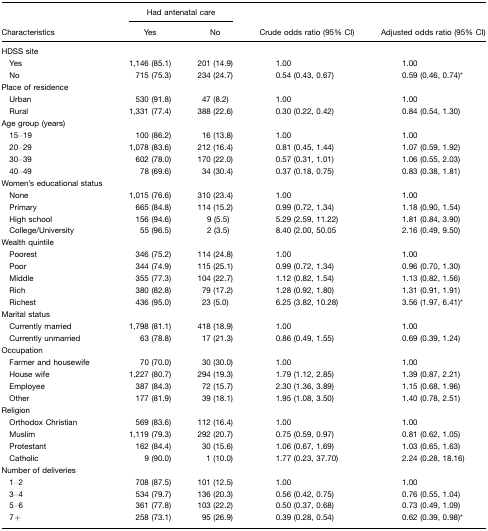
<table><thead><tr><td></td><td colspan="2"><b>Had antenatal care</b></td><td></td><td></td></tr><tr><td><b>Characteristics</b></td><td><b>Yes</b></td><td><b>No</b></td><td><b>Crude odds ratio (95% CI)</b></td><td><b>Adjusted odds ratio (95% CI)</b></td></tr></thead><tbody><tr><td>HDSS site</td><td></td><td></td><td></td><td></td></tr><tr><td> Yes</td><td>1,146 (85.1)</td><td>201 (14.9)</td><td>1.00</td><td>1.00</td></tr><tr><td> No</td><td>715 (75.3)</td><td>234 (24.7)</td><td>0.54 (0.43, 0.67)</td><td>0.59 (0.46, 0.74)*</td></tr><tr><td>Place of residence</td><td></td><td></td><td></td><td></td></tr><tr><td> Urban</td><td>530 (91.8)</td><td>47 (8.2)</td><td>1.00</td><td>1.00</td></tr><tr><td> Rural</td><td>1,331 (77.4)</td><td>388 (22.6)</td><td>0.30 (0.22, 0.42)</td><td>0.84 (0.54, 1.30)</td></tr><tr><td>Age group (years)</td><td></td><td></td><td></td><td></td></tr><tr><td> 15–19</td><td>100 (86.2)</td><td>16 (13.8)</td><td>1.00</td><td>1.00</td></tr><tr><td> 20–29</td><td>1,078 (83.6)</td><td>212 (16.4)</td><td>0.81 (0.45, 1.44)</td><td>1.07 (0.59, 1.92)</td></tr><tr><td> 30–39</td><td>602 (78.0)</td><td>170 (22.0)</td><td>0.57 (0.31, 1.01)</td><td>1.06 (0.55, 2.03)</td></tr><tr><td> 40–49</td><td>78 (69.6)</td><td>34 (30.4)</td><td>0.37 (0.18, 0.75)</td><td>0.83 (0.38, 1.81)</td></tr><tr><td>Women&#x27;s educational status</td><td></td><td></td><td></td><td></td></tr><tr><td> None</td><td>1,015 (76.6)</td><td>310 (23.4)</td><td>1.00</td><td>1.00</td></tr><tr><td> Primary</td><td>665 (84.8)</td><td>114 (15.2)</td><td>0.99 (0.72, 1.34)</td><td>1.18 (0.90, 1.54)</td></tr><tr><td> High school</td><td>156 (94.6)</td><td>9 (5.5)</td><td>5.29 (2.59, 11.22)</td><td>1.81 (0.84, 3.90)</td></tr><tr><td> College/University</td><td>55 (96.5)</td><td>2 (3.5)</td><td>8.40 (2.00, 50.05</td><td>2.16 (0.49, 9.50)</td></tr><tr><td>Wealth quintile</td><td></td><td></td><td></td><td></td></tr><tr><td> Poorest</td><td>346 (75.2)</td><td>114 (24.8)</td><td>1.00</td><td>1.00</td></tr><tr><td> Poor</td><td>344 (74.9)</td><td>115 (25.1)</td><td>0.99 (0.72, 1.34)</td><td>0.96 (0.70, 1.30)</td></tr><tr><td> Middle</td><td>355 (77.3)</td><td>104 (22.7)</td><td>1.12 (0.82, 1.54)</td><td>1.13 (0.82, 1.56)</td></tr><tr><td> Rich</td><td>380 (82.8)</td><td>79 (17.2)</td><td>1.28 (0.92, 1.80)</td><td>1.31 (0.91, 1.91)</td></tr><tr><td> Richest</td><td>436 (95.0)</td><td>23 (5.0)</td><td>6.25 (3.82, 10.28)</td><td>3.56 (1.97, 6.41)*</td></tr><tr><td>Marital status</td><td></td><td></td><td></td><td></td></tr><tr><td> Currently married</td><td>1,798 (81.1)</td><td>418 (18.9)</td><td>1.00</td><td>1.00</td></tr><tr><td> Currently unmarried</td><td>63 (78.8)</td><td>17 (21.3)</td><td>0.86 (0.49, 1.55)</td><td>0.69 (0.39, 1.24)</td></tr><tr><td>Occupation</td><td></td><td></td><td></td><td></td></tr><tr><td> Farmer and housewife</td><td>70 (70.0)</td><td>30 (30.0)</td><td>1.00</td><td>1.00</td></tr><tr><td> House wife</td><td>1,227 (80.7)</td><td>294 (19.3)</td><td>1.79 (1.12, 2.85)</td><td>1.39 (0.87, 2.21)</td></tr><tr><td> Employee</td><td>387 (84.3)</td><td>72 (15.7)</td><td>2.30 (1.36, 3.89)</td><td>1.15 (0.68, 1.96)</td></tr><tr><td> Other</td><td>177 (81.9)</td><td>39 (18.1)</td><td>1.95 (1.08, 3.50)</td><td>1.40 (0.78, 2.51)</td></tr><tr><td>Religion</td><td></td><td></td><td></td><td></td></tr><tr><td> Orthodox Christian</td><td>569 (83.6)</td><td>112 (16.4)</td><td>1.00</td><td>1.00</td></tr><tr><td> Muslim</td><td>1,119 (79.3)</td><td>292 (20.7)</td><td>0.75 (0.59, 0.97)</td><td>0.81 (0.62, 1.05)</td></tr><tr><td> Protestant</td><td>162 (84.4)</td><td>30 (15.6)</td><td>1.06 (0.67, 1.69)</td><td>1.03 (0.65, 1.63)</td></tr><tr><td> Catholic</td><td>9 (90.0)</td><td>1 (10.0)</td><td>1.77 (0.23, 37.70)</td><td>2.24 (0.28, 18.16)</td></tr><tr><td>Number of deliveries</td><td></td><td></td><td></td><td></td></tr><tr><td> 1–2</td><td>708 (87.5)</td><td>101 (12.5)</td><td>1.00</td><td>1.00</td></tr><tr><td> 3–4</td><td>534 (79.7)</td><td>136 (20.3)</td><td>0.56 (0.42, 0.75)</td><td>0.76 (0.55, 1.04)</td></tr><tr><td> 5–6</td><td>361 (77.8)</td><td>103 (22.2)</td><td>0.50 (0.37, 0.68)</td><td>0.73 (0.49, 1.09)</td></tr><tr><td> 7+</td><td>258 (73.1)</td><td>95 (26.9)</td><td>0.39 (0.28, 0.54)</td><td>0.62 (0.39, 0.98)*</td></tr></tbody></table>